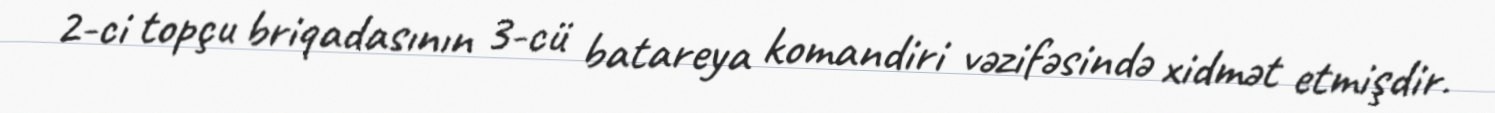
2-ci topçu briqadasının 3-cü batareya komandiri vəzifəsində xidmət etmişdir.